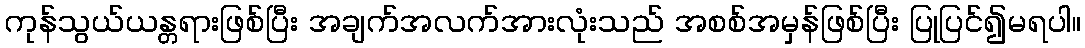
ကုန်သွယ်ယန္တရားဖြစ်ပြီး အချက်အလက်အားလုံးသည် အစစ်အမှန်ဖြစ်ပြီး ပြုပြင်၍မရပါ။